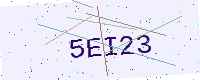
Text: 5EI23